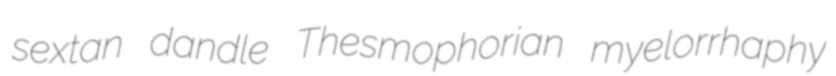
sextan dandle Thesmophorian myelorrhaphy